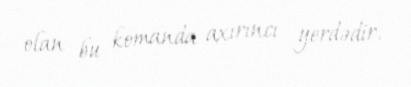
olan bu komanda axırıncı yerdədir.